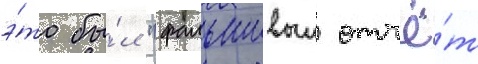
э́то бы́л "фальшивыи отчё́т